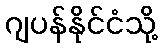
ဂျပန်နိုင်ငံသို့